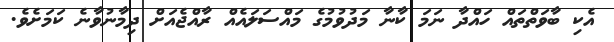
އެކި ބާވަތްތައް ހައްދާ ނަމަ ކާނާ މަދުވުމުގެ މައްސަލައެއް ރާއްޖެއަށް ދިމާނުވާނެ ކަމަށެވެ.